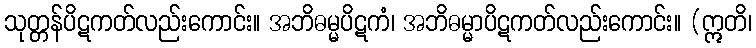
သုတ္တန်ပိဋကတ်လည်းကောင်း။ အဘိဓမ္မပိဋကံ၊ အဘိဓမ္မာပိဋကတ်လည်းကောင်း။ (ဣတိ၊